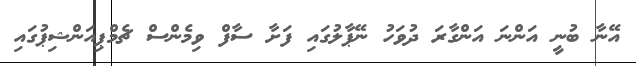
އޭނާ ބުނީ އަންނަ އަންގާރަ ދުވަހު ނޭޕާލުގައި ފަށާ ސާފް ވިމެންސް ޗެމްޕިއަންޝިޕުގައި